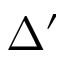
\Delta ^ { \prime }